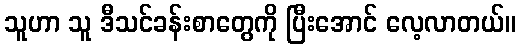
သူဟာ သူ ဒီသင်ခန်းစာတွေကို ပြီးအောင် လေ့လာတယ်။